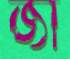
জা